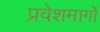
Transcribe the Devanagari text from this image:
प्रवेशमार्गों